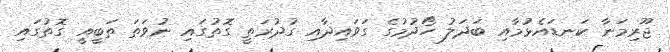
ޖޫރިމަނާ ކަނޑައެޅުމާއި ބަދަލު ހޯދުމުގެ ގަވައިދާއި ގުދުރަތީ ގޮތުގައި ނުވަތަ ތަބީއީ ގޮތުގައި